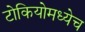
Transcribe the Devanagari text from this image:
टोकियोमध्येच